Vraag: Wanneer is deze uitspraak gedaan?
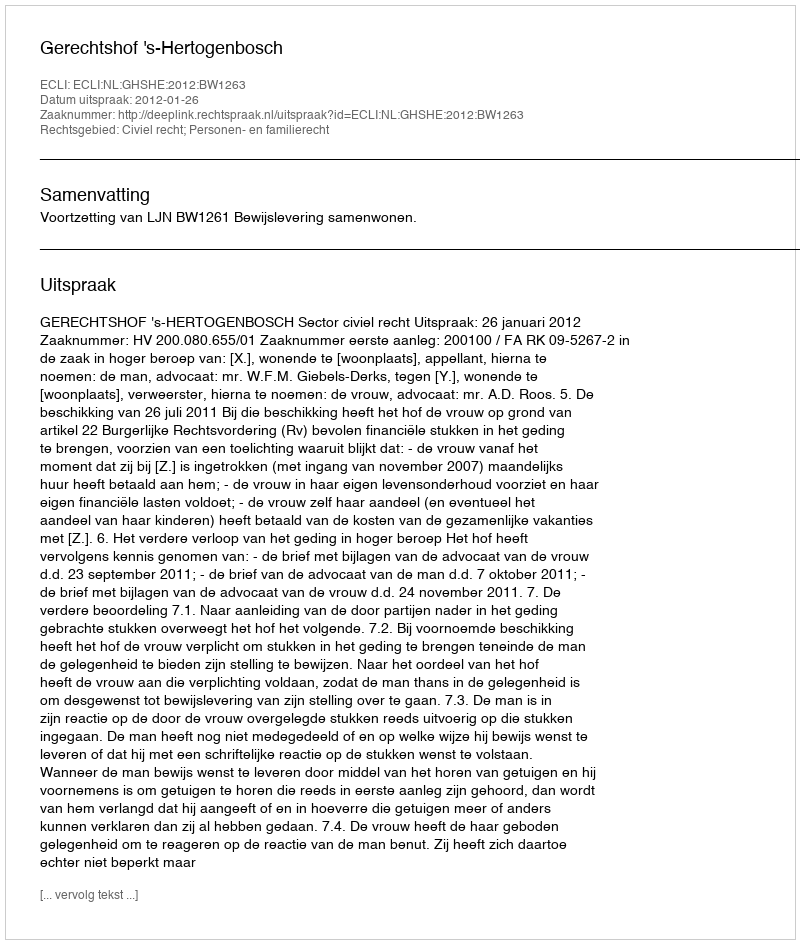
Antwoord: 2012-01-26